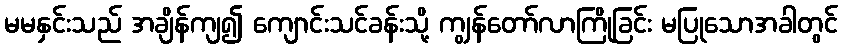
မမနှင်းသည် အချိန်ကျ၍ ကျောင်းသင်ခန်းသို့ ကျွန်တော်လာကြိုခြင်း မပြုသောအခါတွင်